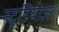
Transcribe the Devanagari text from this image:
स्टूडियोज़।